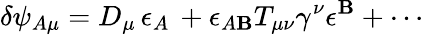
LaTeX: \delta\psi_{A\mu}={D}_{\mu}\, \epsilon_{A}\, +\epsilon_{A\mathbf{B}}T_{\mu\nu}\gamma^{\nu}\epsilon^{\mathbf{B}}+\cdots